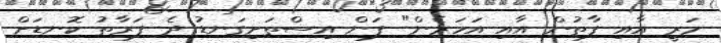
މަރީ އާއި ފާތުން އާއި އަހަރެން" ފަން އިސްތަށިގަނޑު ދެ ފަރާތު ކޮނޑަށް